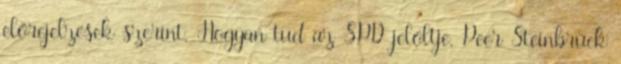
előrejelzések szerint. Hogyan tud az SPD jelöltje, Peer Steinbrück